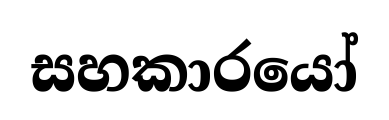
සහකාරයෝ